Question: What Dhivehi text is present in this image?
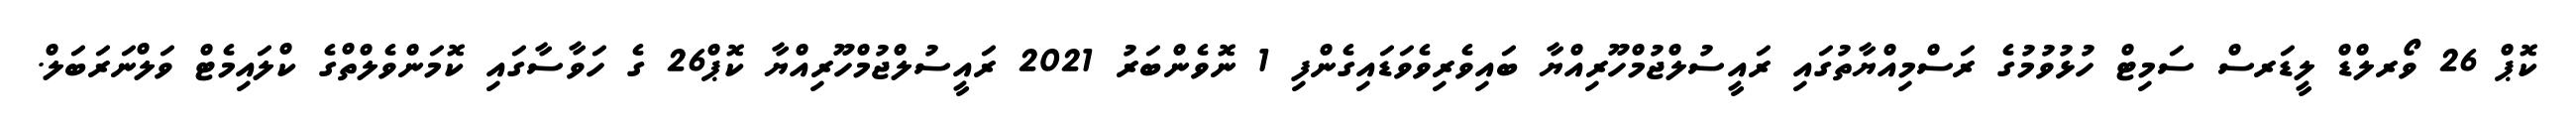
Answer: ކޮޕް 26 ވޯރލްޑް ލީޑަރސް ސަމިޓް ހުޅުވުމުގެ ރަސްމިއްޔާތުގައި ރައީސުލްޖުމްހޫރިއްޔާ ބައިވެރިވެވަޑައިގެންފި 1 ނޮވެންބަރު 2021 ރައީސުލްޖުމްހޫރިއްޔާ ކޮޕް26 ގެ ހަވާސާގައި ކޮމަންވެލްތްގެ ކްލައިމެޓް ވަލްނަރަބަލް.